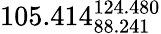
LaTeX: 105.414_{88.241}^{124.480}